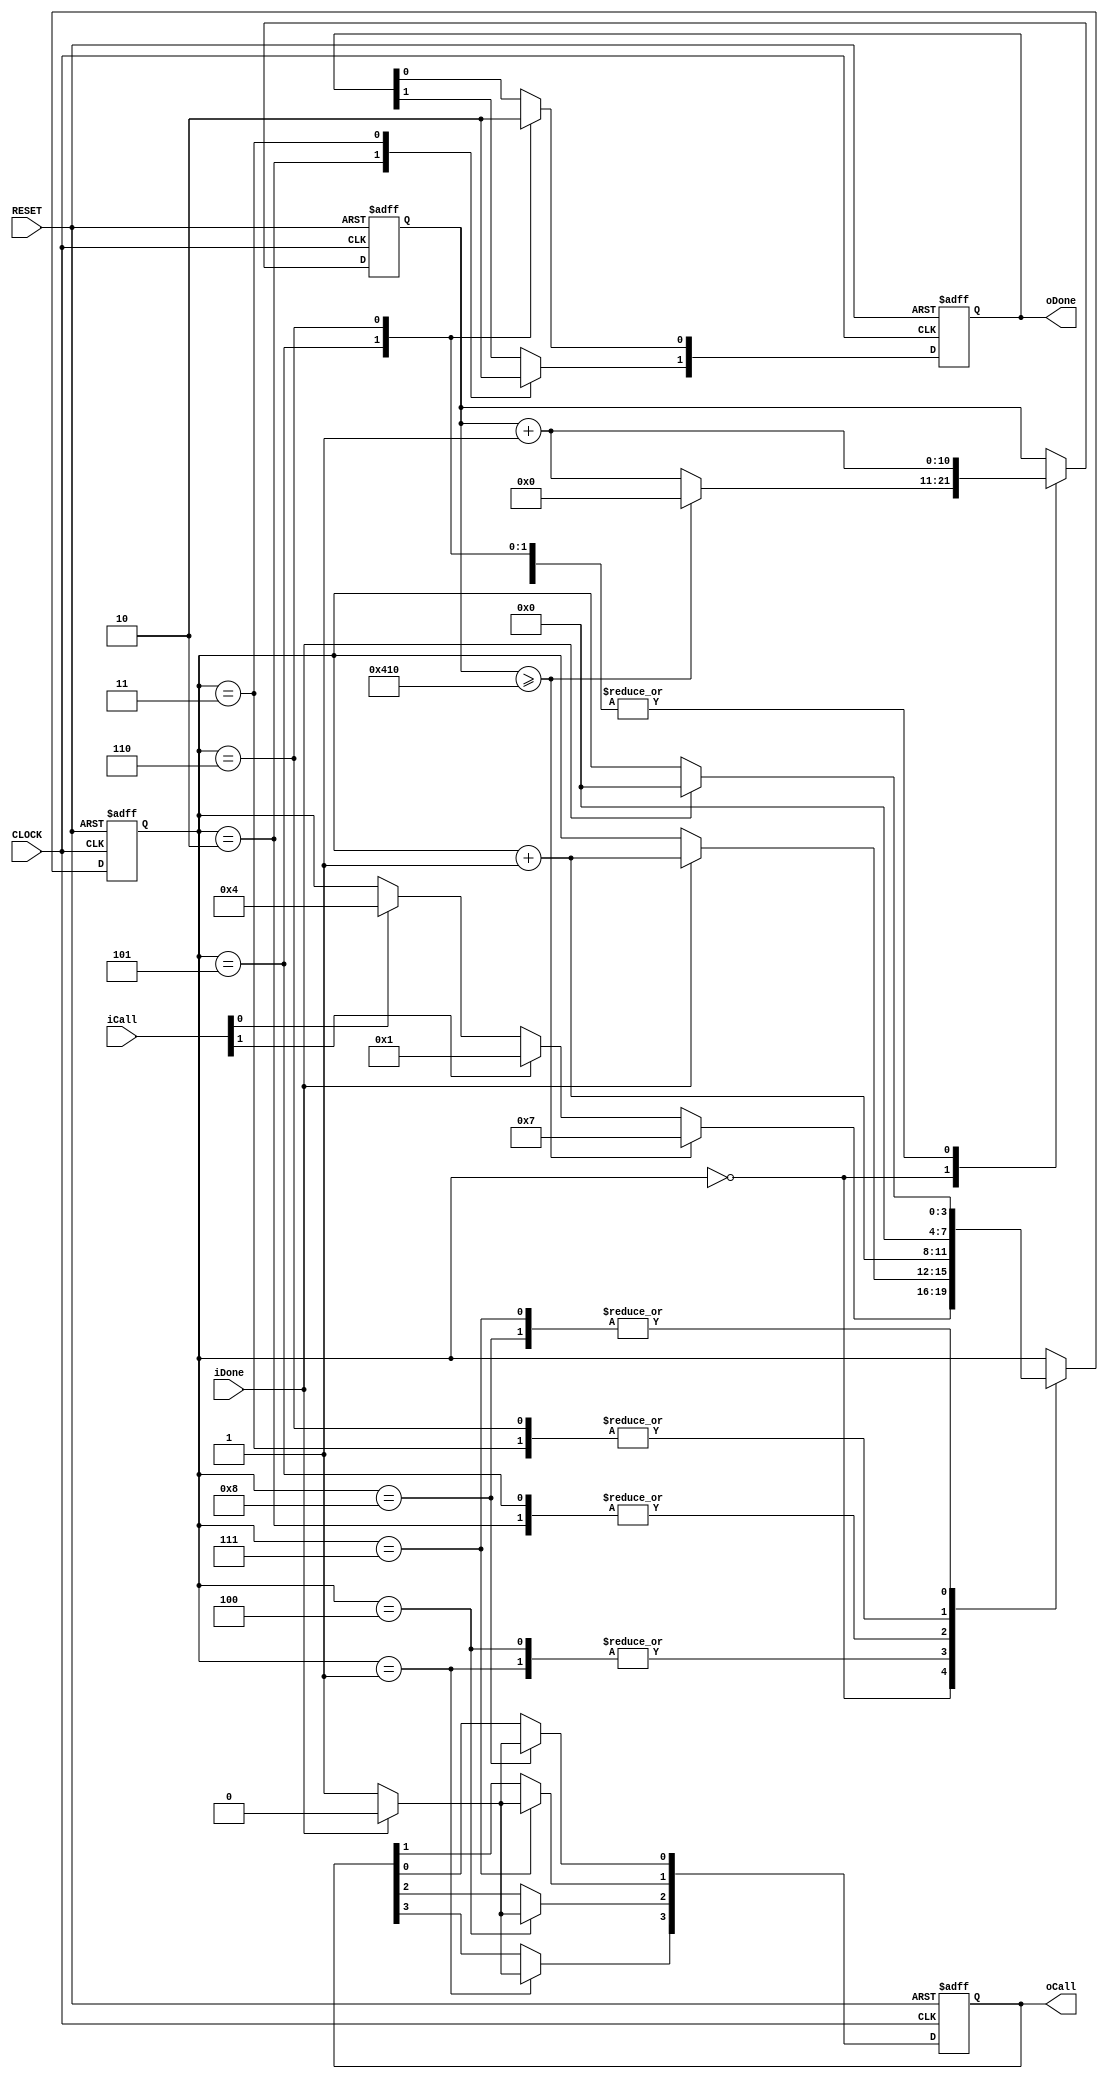
module sdram_ctrlmod
(
	input CLOCK,
	input RESET,
	input [1:0]iCall, // [1]Write, [0]Read
	output [1:0]oDone,
	output [3:0]oCall,  // [3]Write, [2]Read, [1]A.Ref, [0]Initial
	input iDone
);
   parameter WRITE = 4'd1, READ = 4'd4, REFRESH = 4'd7, INITIAL = 4'd8;
	parameter TREF = 11'd1040;
	
	reg [3:0]i;
	reg [10:0]C1;
	reg [3:0]isCall; //[3]Write [2]Read [1]A.Refresh [0]Initial
	reg [1:0]isDone;
	
	always @ ( posedge CLOCK or negedge RESET )
	    if( !RESET )
		     begin
		         i <= INITIAL;          // Initial SDRam at first 
		         C1 <= 11'd0;
					isCall <= 4'b0000;
					isDone <= 2'b00;
			  end
		 else 
		     case( i )
			  
					0: // IDLE
					if( C1 >= TREF ) begin C1 <= 11'd0;  i <= REFRESH; end
					else if( iCall[1] ) begin C1 <= C1 + 1'b1; i <= WRITE; end 
				   else if( iCall[0] ) begin C1 <= C1 + 1'b1; i <= READ; end 
               else begin C1 <= C1 + 1'b1; end

               /***********************/
				    
				   1: //Write 
					if( iDone ) begin isCall[3] <= 1'b0; C1 <= C1 + 1'b1; i <= i + 1'b1; end
					else begin isCall[3] <= 1'b1; C1 <= C1 + 1'b1; end
					
					2:
					begin isDone[1] <= 1'b1; C1 <= C1 + 1'b1; i <= i + 1'b1; end
					
					3:
					begin isDone[1] <= 1'b0; C1 <= C1 + 1'b1; i <= 4'd0; end
					
					/***********************/
				    
				   4: // Read
					if( iDone ) begin isCall[2] <= 1'b0; C1 <= C1 + 1'b1; i <= i + 1'b1; end
					else begin isCall[2] <= 1'b1; C1 <= C1 + 1'b1; end
					
					5:
					begin isDone[0] <= 1'b1; C1 <= C1 + 1'b1; i <= i + 1'b1; end
					
					6:
					begin isDone[0] <= 1'b0; C1 <= C1 + 1'b1; i <= 4'd0; end
					
					/***********************/
					
					7: // Auto Refresh 
					if( iDone ) begin isCall[1] <= 1'b0; i <= 4'd0; end
				   else begin isCall[1] <= 1'b1; end
					
					/***********************/
					
					8: // Initial 
					if( iDone ) begin isCall[0] <= 1'b0; i <= 4'd0; end
				   else begin isCall[0] <= 1'b1; end
					
			  endcase
			  
	assign oDone = isDone;
	assign oCall = isCall;
	
endmodule